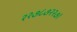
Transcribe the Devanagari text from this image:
२२७८७२२७।